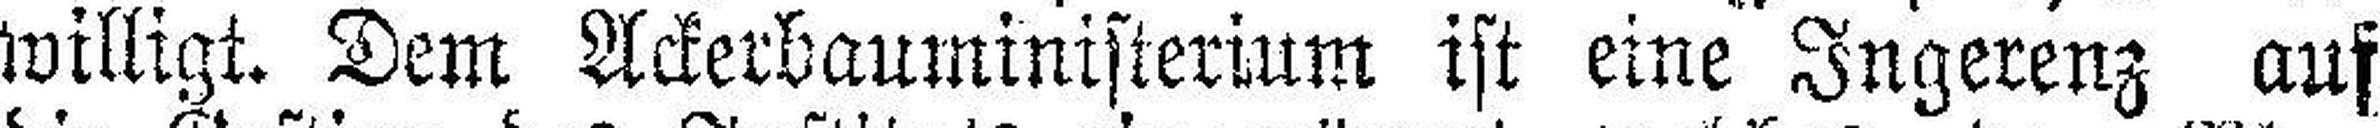
willigt. Dem Ackerbauministerium ist eine Ingerenz auf